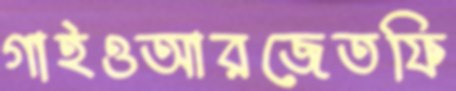
গাইওআরজেতফি